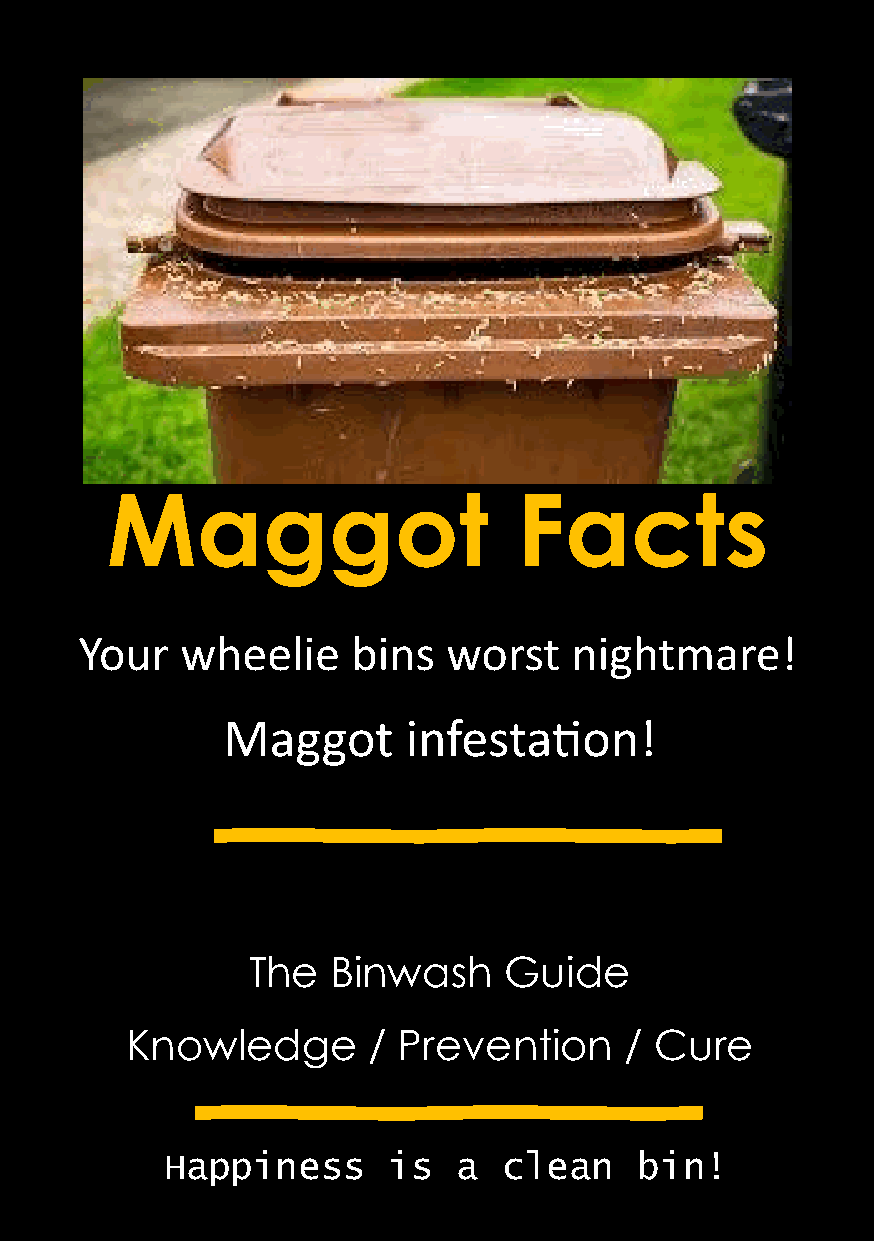
Maggot                     Facts
 Your   wheelie    bins   worst   nightmare!
 Maggot      infestation!
 The   Binwash    Guide
 Knowledge       / Prevention     / Cure
 Happiness      is  a  clean    bin!